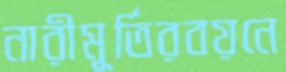
নারীমূর্তিরবয়নে